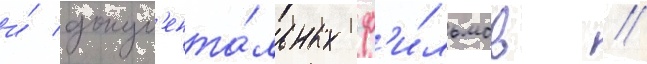
и́ докум'ента́льных ф'и́льмов //